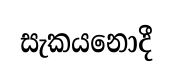
සැකයනොදී